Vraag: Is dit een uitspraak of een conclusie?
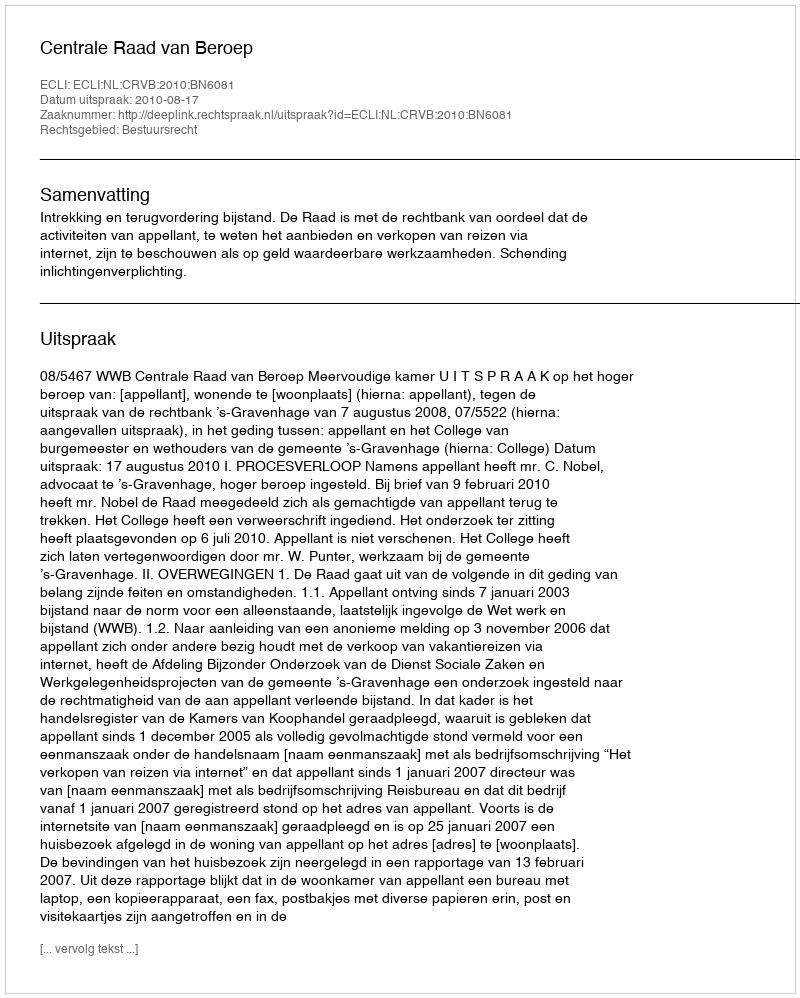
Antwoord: Uitspraak